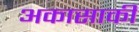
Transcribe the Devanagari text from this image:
अकासाकी